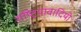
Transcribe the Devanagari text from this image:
राष्ट्रियावादियो